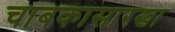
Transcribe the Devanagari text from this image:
चाबकासारखा